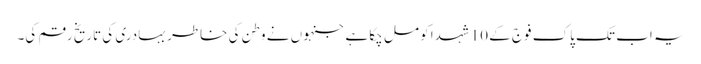
یہ اب تک پاک فوج کے 10 شہدا کو مل چکا ہے جنہوں نے وطن کی خاطر بہادری کی تاریخ رقم کی۔